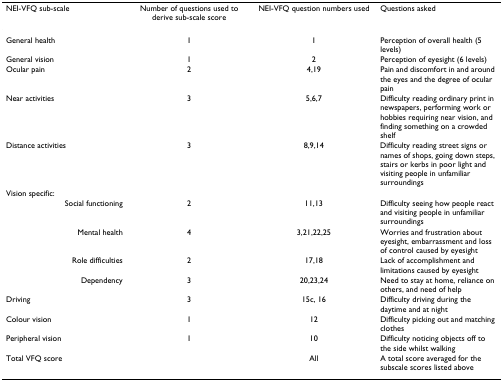
| NEI-VFQ sub-scale | Number of questions used to derive sub-scale score | NEI-VFQ question numbers used | Questions asked |
 | --- | --- | --- | --- |
 | General health | 1 | 1 | Perception of overall health (5 levels) |
 | General vision | 1 | 2 | Perception of eyesight (6 levels) |
 | Ocular pain | 2 | 4,19 | Pain and discomfort in and around the eyes and the degree of ocular pain |
 | Near activities | 3 | 5,6,7 | Difficulty reading ordinary print in newspapers, performing work or hobbies requiring near vision, and finding something on a crowded shelf |
 | Distance activities | 3 | 8,9,14 | Difficulty reading street signs or names of shops, going down steps, stairs or kerbs in poor light and visiting people in unfamiliar surroundings |
 | Vision specific: |  |  |  |
 | Social functioning | 2 | 11,13 | Difficulty seeing how people react and visiting people in unfamiliar surroundings |
 | Mental health | 4 | 3,21,22,25 | Worries and frustration about eyesight, embarrassment and loss of control caused by eyesight |
 | Role difficulties | 2 | 17,18 | Lack of accomplishment and limitations caused by eyesight |
 | Dependency | 3 | 20,23,24 | Need to stay at home, reliance on others, and need of help |
 | Driving | 3 | 15c, 16 | Difficulty driving during the daytime and at night |
 | Colour vision | 1 | 12 | Difficulty picking out and matching clothes |
 | Peripheral vision | 1 | 10 | Difficulty noticing objects off to the side whilst walking |
 | Total VFQ score |  | All | A total score averaged for the subscale scores listed above |